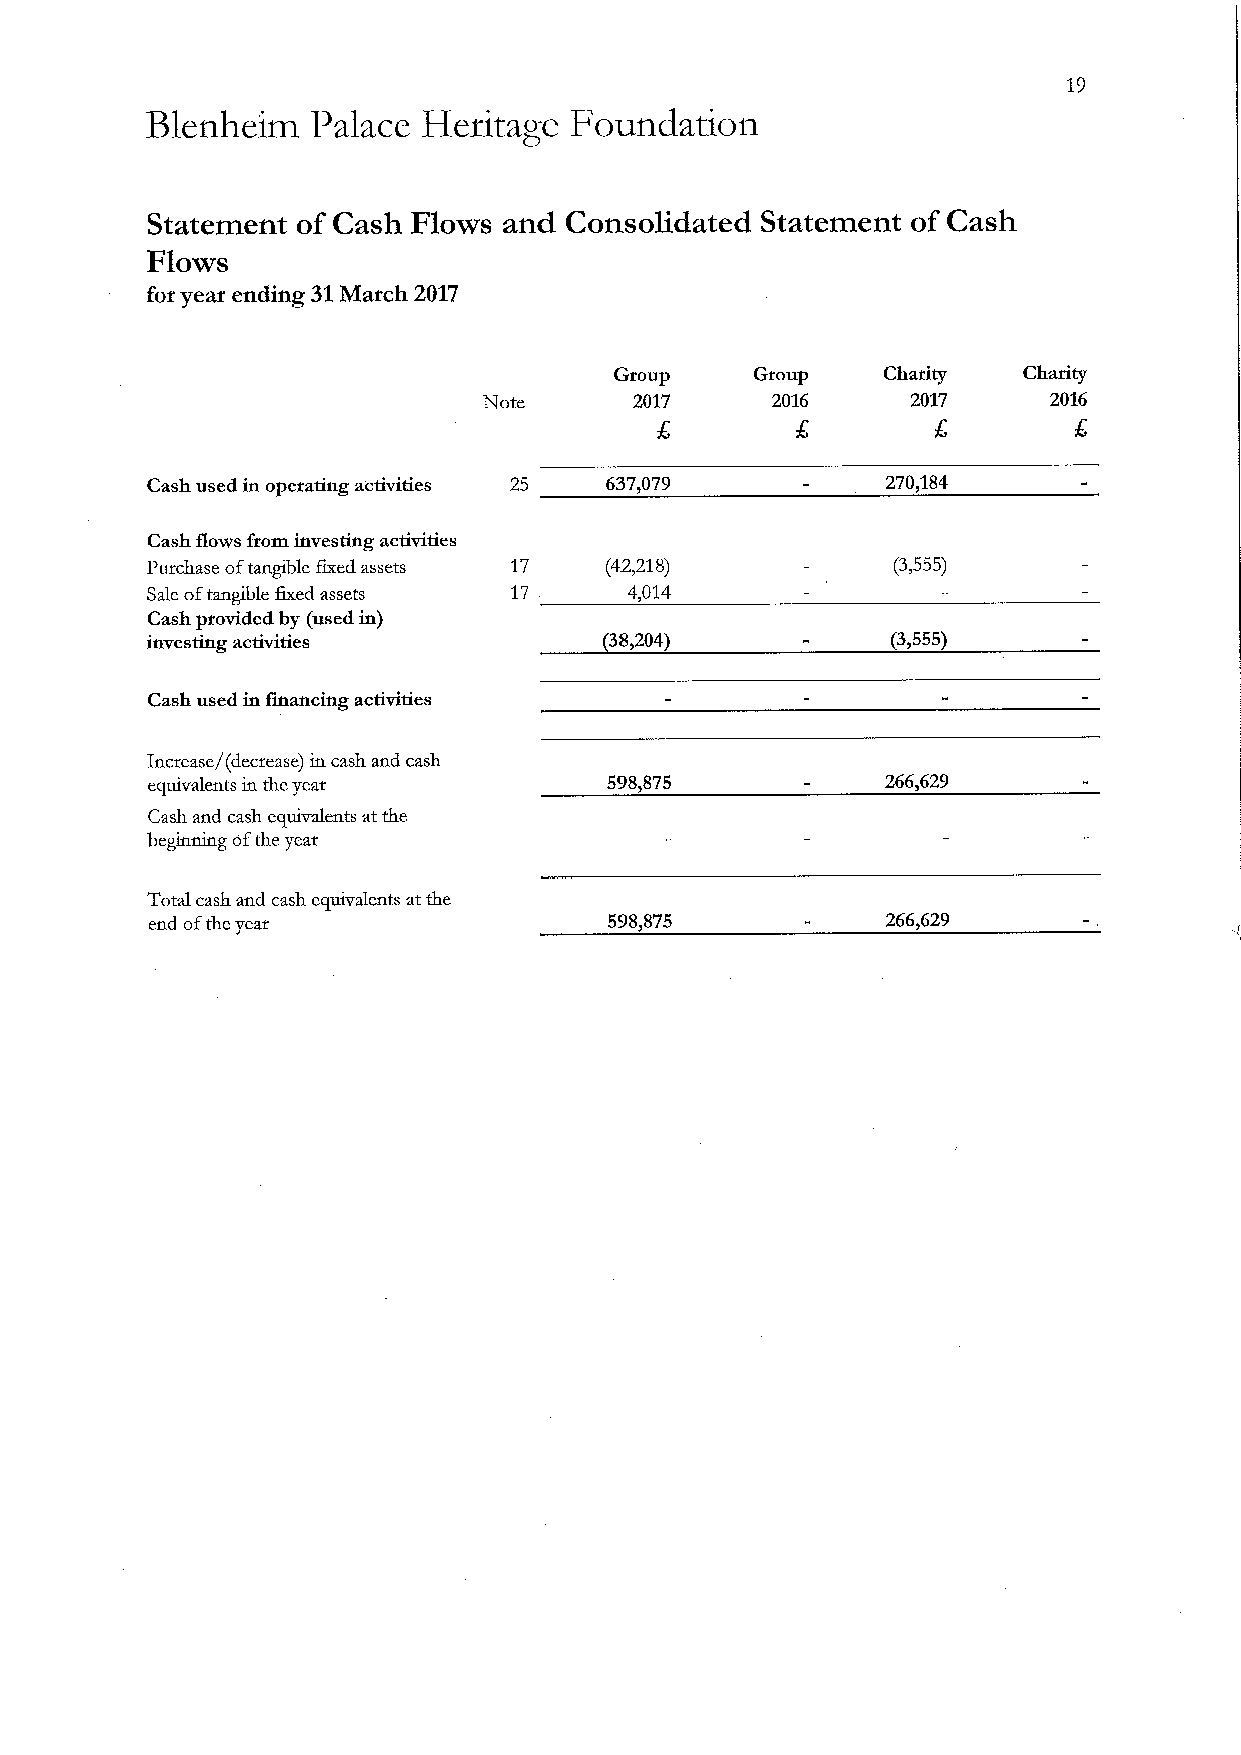
19
 Blenheim   Palace Heritage  Foundation
 Statement of Cash Flows and Consolidated Statement of Cash
 Flows
 for year ending 31March 2017
 Group    Group   Charity   Charity
 Note      2017     2016     2017     2016
 S
 Cash used in operating activities 25 637,079     270)184
 Cash flows from investing activities
 Purchase oftangible fixed assets 17 (42,218)     (3,555)
 Sale oftangible 6xed assets 17  4,014
 Cash provided by (used in)
 investing activities          38,204)            (3,555)
 Cash used in financing activities
 Increase/(decxease) in cash and cash
 equivalents in the year       598&875            266,629
 Cash and cash equivalents at the
 beginning ofthe year
 Total cash and cash equivalents at the
 end ofthe year                598,875            266,629